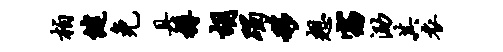
柏健免具樽胡躅移想窈泐其衣